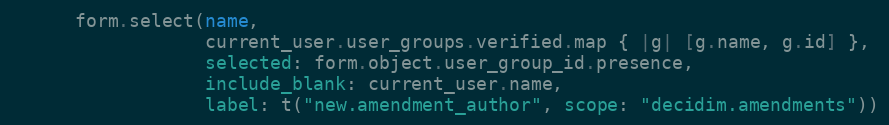
Language: Ruby
      form.select(name,
                  current_user.user_groups.verified.map { |g| [g.name, g.id] },
                  selected: form.object.user_group_id.presence,
                  include_blank: current_user.name,
                  label: t("new.amendment_author", scope: "decidim.amendments"))